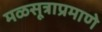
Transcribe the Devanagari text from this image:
मळसूत्राप्रमाणे